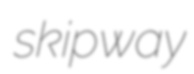
skipway